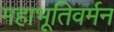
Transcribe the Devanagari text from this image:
महाभूतिवर्मन